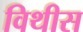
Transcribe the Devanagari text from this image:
विथीस